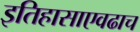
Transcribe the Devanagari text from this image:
इतिहासाएवढाच